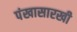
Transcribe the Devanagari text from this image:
पंखासारखी